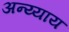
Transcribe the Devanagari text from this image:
अन्य्याय